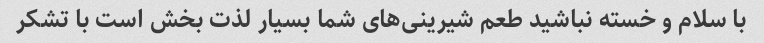
با سلام و خسته نباشید طعم شیرینی‌های شما بسیار لذت بخش است با تشکر